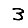
Digit: 3